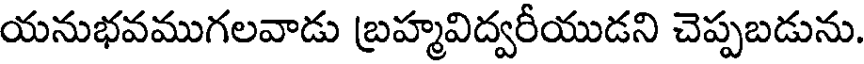
యనుభవముగలవాడు బ్రహ్మవిద్వరీయుడని చెప్పబడును.